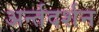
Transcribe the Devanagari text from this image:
अर्न्तदर्शन